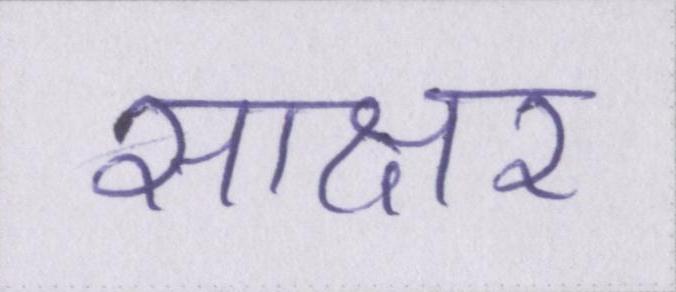
साक्षर